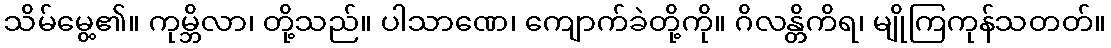
သိမ်မွေ့၏။ ကုမ္ဘိလာ၊ တို့သည်။ ပါသာဏေ၊ ကျောက်ခဲတို့ကို။ ဂိလန္တိကိရ၊ မျိုကြကုန်သတတ်။